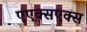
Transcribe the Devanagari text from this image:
एएक्सएक्स